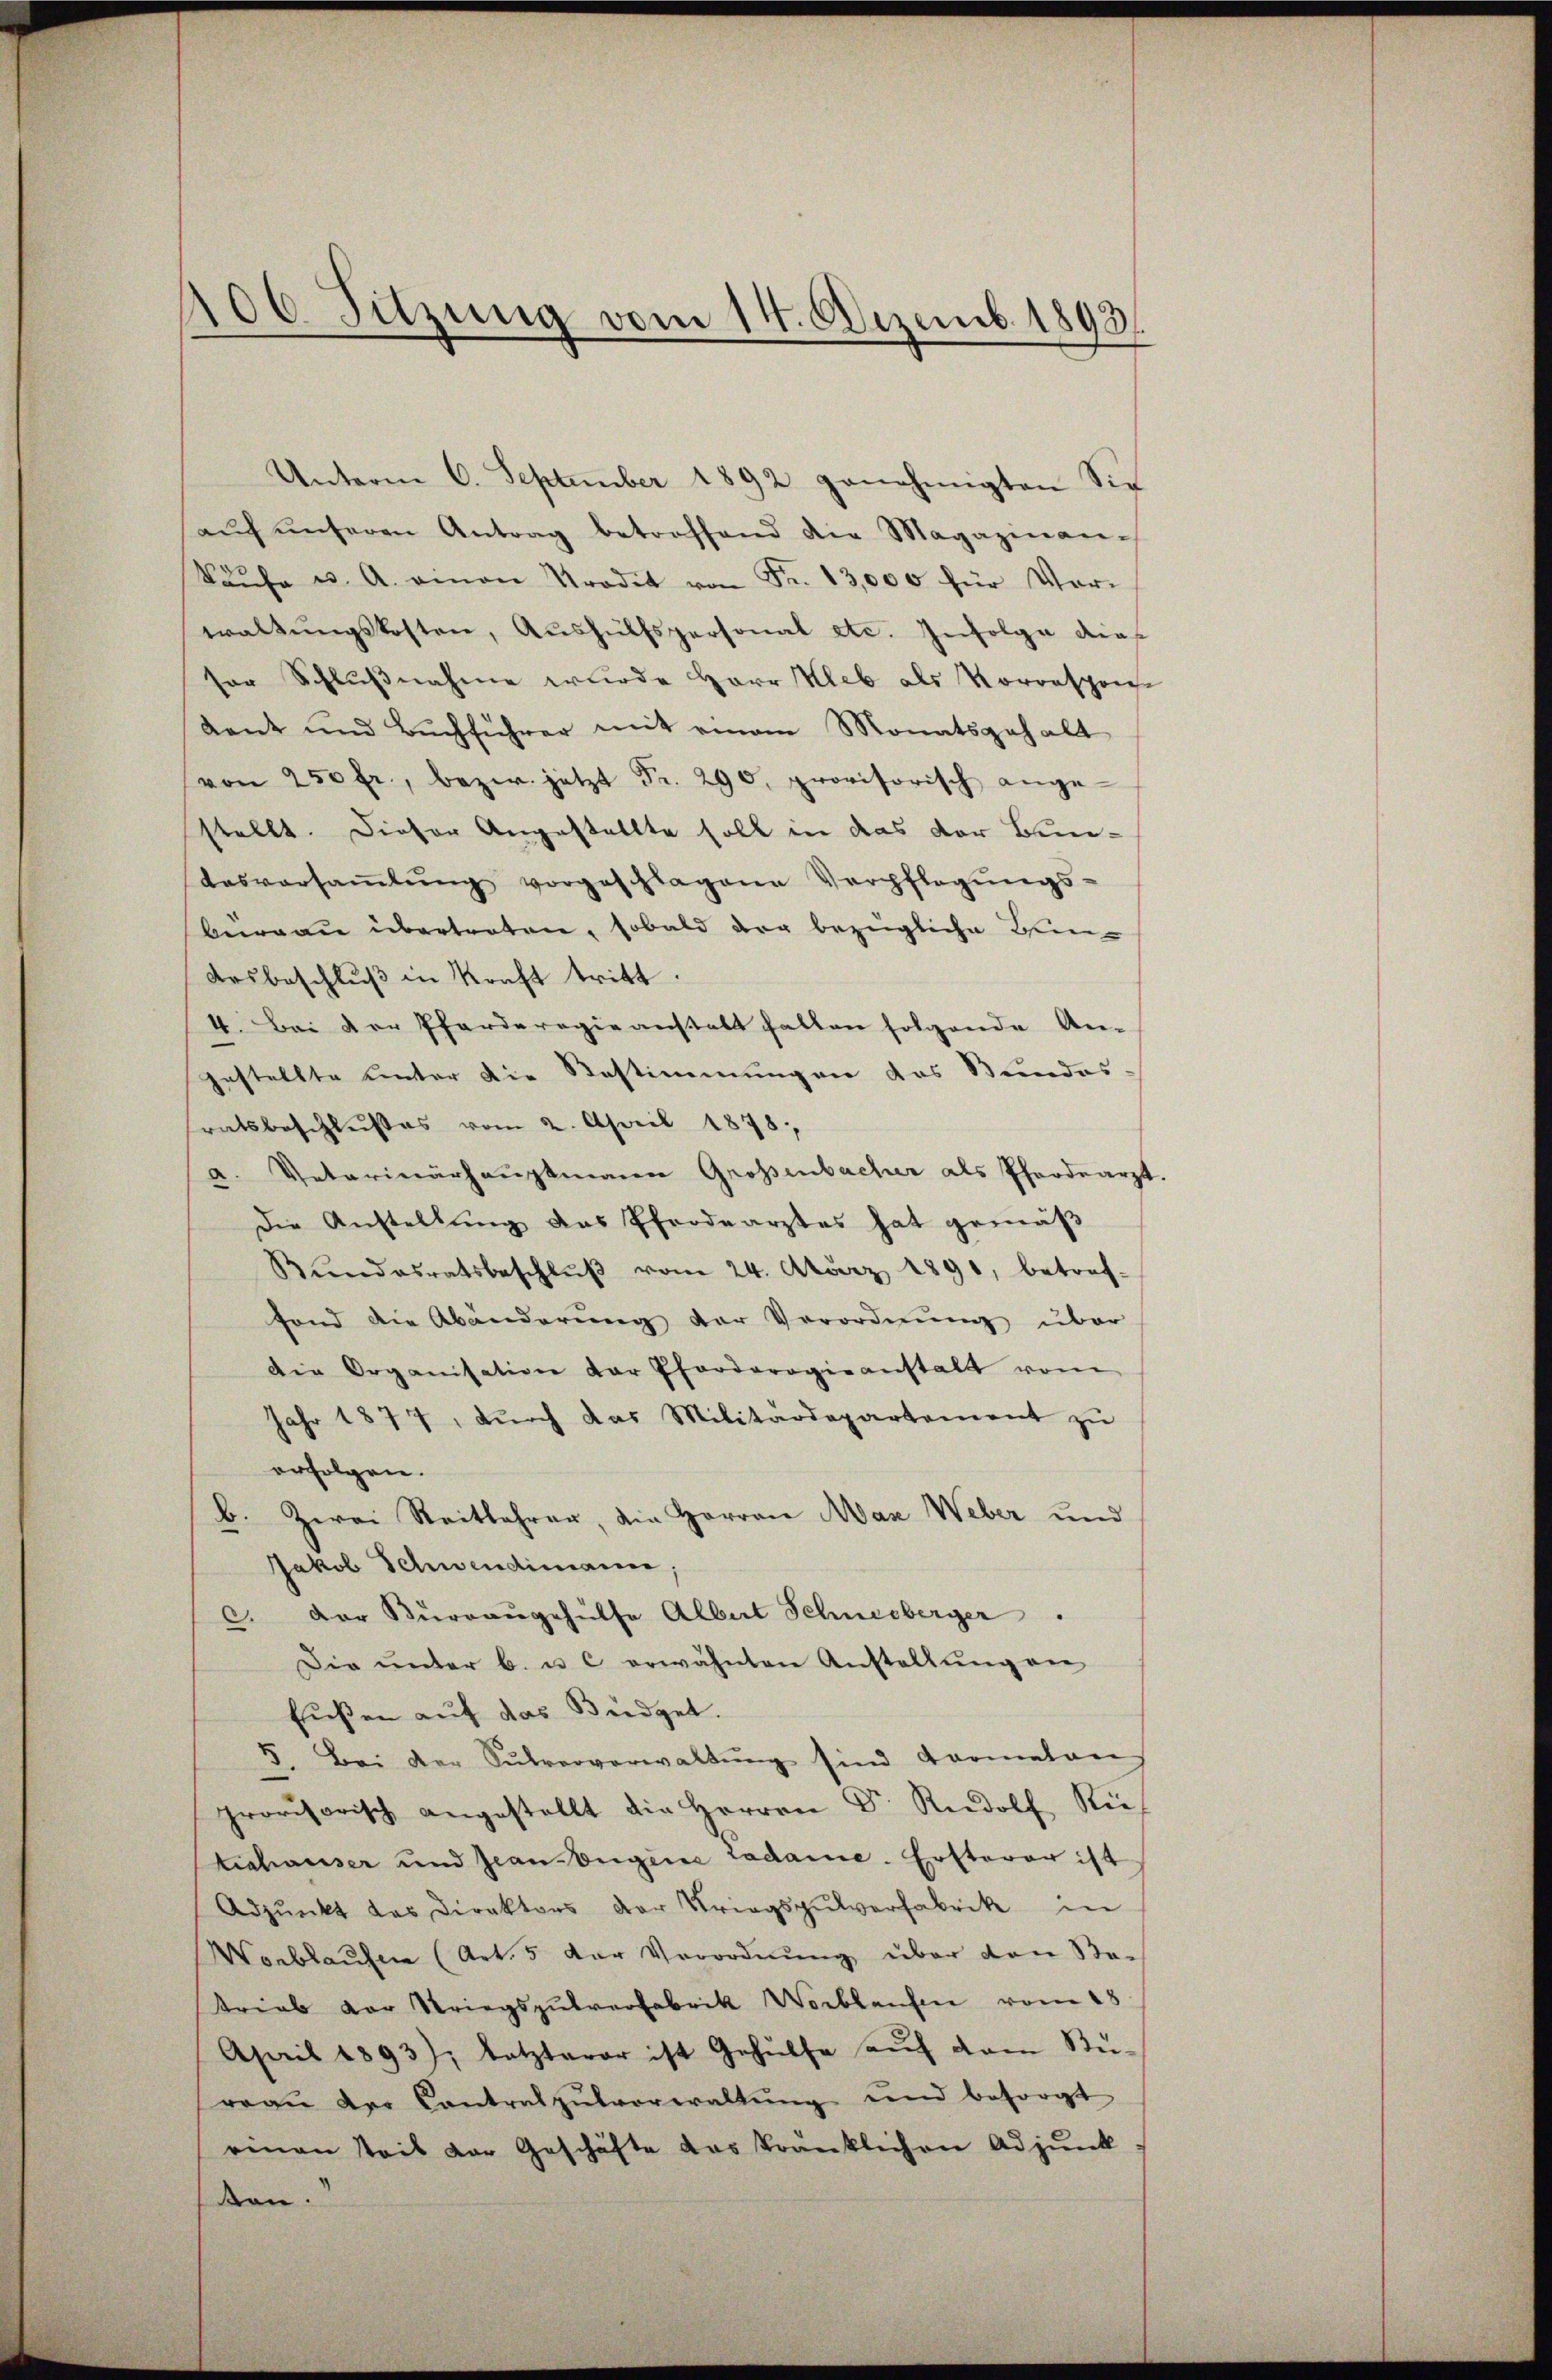
106 Sitzung vom 14. Dezemb. 1893.

Unterm 6. September 1892 genehmigten Sie
aŭf ŭnseren Antrag betroffend die Magazin an-
kaŭfe u. A. einen Tradit von Fr. 13,000 für Vor-
waltŭngskosten, Aŭshülfspersonal etc. Infolge dies
sor Schlŭβnahme wurde Herr Kleb als Vorrespon-
Rant und Buchführer mit einem Monatsgehalt
von 250 fr., bezw. jetzt Fr. 290, provisorisch ange-
stellt. Dieser Angestellte soll in das der Bun¬
Aasversaṁlŭng vorgeschlagene Verpflegŭngs-
burgau übertreten, sobald der bezügliche Ben¬
Arsbeschlŭβ in Kraft tritt.
4. Bei der Pfarderogieanstalt halten folgende An-
gestellte unter die Bestimmungen das Bundes
ratsbeschlußes vom 2. April 1878;
a. Petarinärhauptmann Großenbacher als Pfordearzt
Die Anstellung das Pferdearztes hat gemäβ
Bŭndesratsbeschlŭβ vom 24. März 1891, betref-
fond die Abänderŭng der Verordnŭng über
Die Organisation der Pforderogieanstalt vom
Jahr 1877, dŭrch das Militärdepartement zŭ
erfolgen.
b. Zwei Reitbahrer, die Herren Max Weber und
Jakob Schwendimann
c. Der Bŭrraŭgehülfe Albert Schneeberger
Die ŭnter B. u. c. erwähnten Anstellŭng an
Eußen auf das Büdget.
8. Bei der Sŭbververwaltŭng sind Formelan
provisorisch angestellt die Herren Dr. Rudolf Rei
tishauser und Jean Eugene Ladame. Ersterer ist
Adpŭnkt des Direktors der Tragspŭlverfabrik in
Wonblaufen (Art. 5 der Verordnung über den Betrieb vor Striegsgutverfabrik Wortlaufen vom 18
April 1893); letzterer ist Gehülfe aŭf dem Rü-
reaŭ der Contratzŭlvorwaltŭng und besorgt
einen Teil der Geschäfte das kränklichen Adjunk
son.